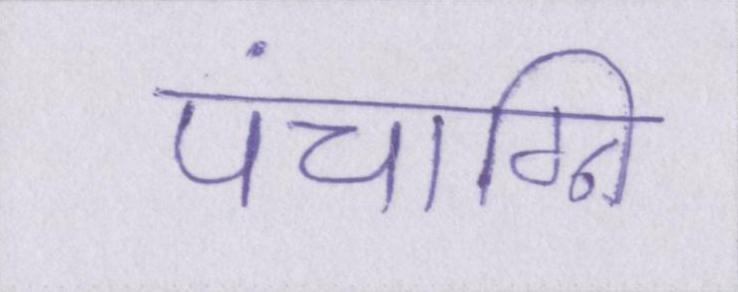
पंचाग्नि